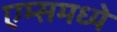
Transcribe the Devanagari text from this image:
एम्समध्ये